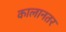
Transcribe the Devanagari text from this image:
कालानतर